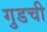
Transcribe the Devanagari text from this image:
गुडची